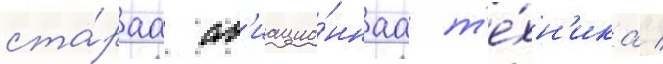
ста́раа ав'иацио́ннаа т'е́хн'ика /